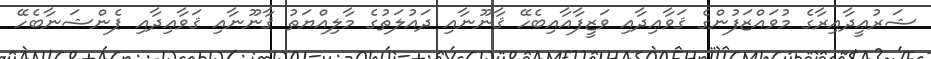
ޝަރުޢީދާއިރާގެ މުވައްޒަފުންގެ ޤަވާޢިދާއި ވަޒީފާއާއިބެހޭ ޤާނޫނާއި ދައުލަތުގެ މާލިއްޔަތު ޤާނޫނާއި ޤަވާޢިދާއި ޕެންޝަނާބެހޭ